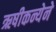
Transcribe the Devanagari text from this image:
ऋषीकन्येने